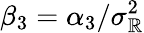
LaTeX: \beta_{3}=\alpha_{3}/\sigma_{\mathbb{R}}^{2}